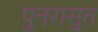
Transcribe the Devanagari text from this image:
पुनरासुत